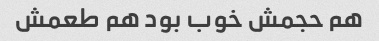
هم حجمش خوب بود هم طعمش